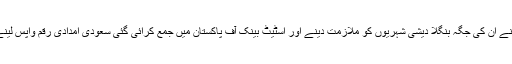
ان کے بقول سعودی عرب نے ان کی جگہ بنگلا دیشی شہریوں کو ملازمت دینے اور اسٹیٹ بینک آف پاکستان میں جمع کرائی گئی سعودی امدادی رقم واپس لینے کی دھمکی بھی دی تھی۔